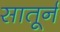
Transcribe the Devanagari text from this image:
सातूर्न